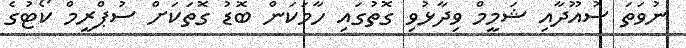
ނުވަތަ ސުއޫދާއި ޝަމީމް ވިދާޅުވި ގޮތުގައި ހާމަކަން ބޮޑު ގޮތަކަށް ސުޕްރީމް ކޯޓުގެ